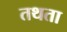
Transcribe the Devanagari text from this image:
तथता